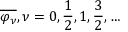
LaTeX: { \overline { { \varphi _ { \nu } } } } , \nu = 0 , { \frac { 1 } { 2 } } , 1 , { \frac { 3 } { 2 } } , \ldots